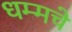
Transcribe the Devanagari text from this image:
धम्मचे